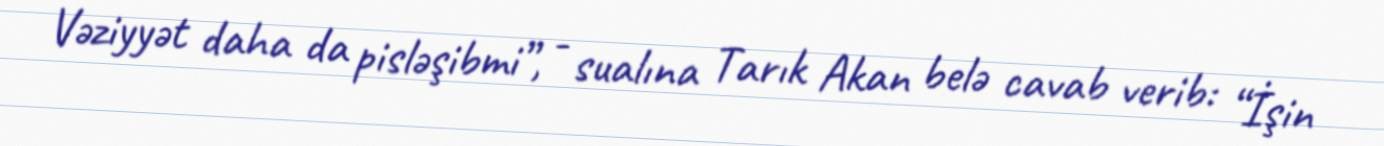
Vəziyyət daha da pisləşibmi”, - sualına Tarık Akan belə cavab verib: “İşin